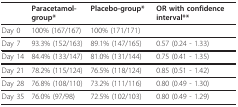
|  | Paracetamol-group* | Placebo-group* | OR with confidence interval** |
 | --- | --- | --- | --- |
 | Day 0 | 100% (167/167) | 100% (171/171) |  |
 | Day 7 | 93.3% (152/163) | 89.1% (147/165) | 0.57 (0.24 - 1.33) |
 | Day 14 | 84.4% (133/147) | 81.0% (131/144) | 0.75 (0.41 - 1.35) |
 | Day 21 | 78.2% (115/124) | 76.5% (118/124) | 0.85 (0.51 - 1.42) |
 | Day 28 | 76.8% (108/110) | 73.2% (111/116) | 0.80 (0.49 - 1.30) |
 | Day 35 | 76.0% (97/98) | 72.5% (102/103) | 0.80 (0.49 - 1.29) |